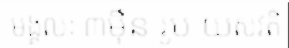
មង្គលៈ ៣ម៉ឺន រូប យសវតី